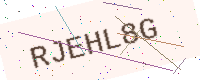
Text: RJEHL8G